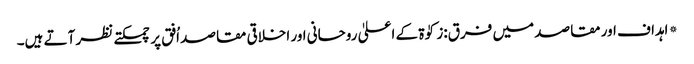
* اہداف اور مقاصد میں فرق:زکوٰۃ کے اعلیٰ روحانی اور اخلاقی مقاصد اُفق پر چمکتے نظر آتے ہیں۔